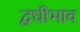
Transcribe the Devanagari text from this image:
द्वधीभाव